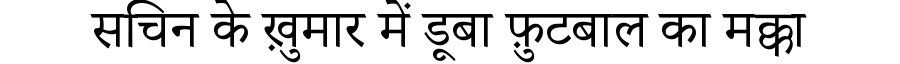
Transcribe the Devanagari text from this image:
सचिन के ख़ुमार में डूबा फ़ुटबाल का मक्का